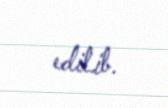
edilib.